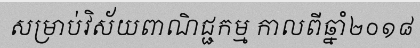
សម្រាប់វិស័យពាណិជ្ជកម្ម កាលពីឆ្នាំ២០១៨